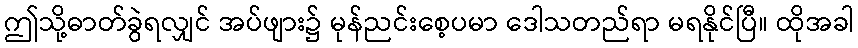
ဤသို့ဓာတ်ခွဲရလျှင် အပ်ဖျား၌ မုန်ညင်းစေ့ပမာ ဒေါသတည်ရာ မရနိုင်ပြီ။ ထိုအခါ